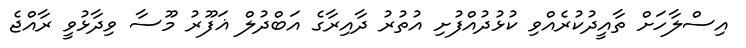
އިސްލާހަށް ތާއީދުކުރެއްވި ކުޅުދުއްފުށި އުތުރު ދާއިރާގެ އަބްދުލް ޣަފޫރު މޫސާ ވިދާޅުވީ ރާއްޖެ